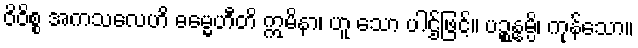
ဝိဝိစ္စ အကသလေဟိ ဓမ္မေဟီတိ ဣမိနာ၊ ဟူ သော ပါဌ်ဖြင့်။ ပဉ္စန္နမ္ပိ၊ ကုန်သော။